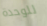
للوحدة